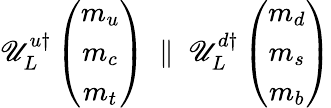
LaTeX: \mathscr{U}_{L}^{u\dagger}\left(\begin{array}{c}{{m_{u}}}\\ {{m_{c}}}\\ {{m_{t}}}\end{array}\right)\ \parallel\ \mathscr{U}_{L}^{d\dagger}\left(\begin{array}{c}{{m_{d}}}\\ {{m_{s}}}\\ {{m_{b}}}\end{array}\right)